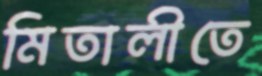
মিতালীতে